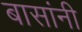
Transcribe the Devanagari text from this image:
बासांनी